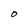
Character: O